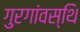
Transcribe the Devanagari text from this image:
गुरगांवस्थि